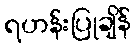
ရဟန်းပြုချိန်